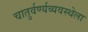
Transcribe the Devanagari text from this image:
चातुर्वर्ण्यव्यवस्थेला